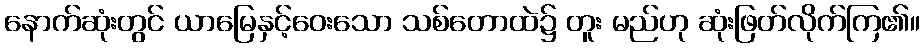
နောက်ဆုံးတွင် ယာမြေနှင့်ဝေးသော သစ်တောထဲ၌ တူး မည်ဟု ဆုံးဖြတ်လိုက်ကြ၏။